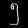
Digit: ၅